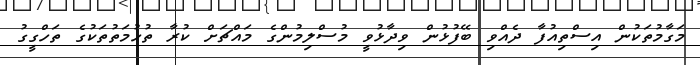
މަގާމުތަކުން އިސްތިއުފާ ދެއްވި ބޭފުޅުން ވިދާޅުވީ މުސްލިމުންގެ މައްޗަށް ކުރާ ތުހުމަތުތަކުގެ ތަހްގީގު